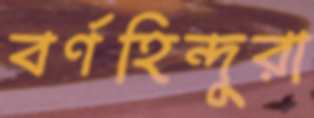
বর্ণহিন্দুরা